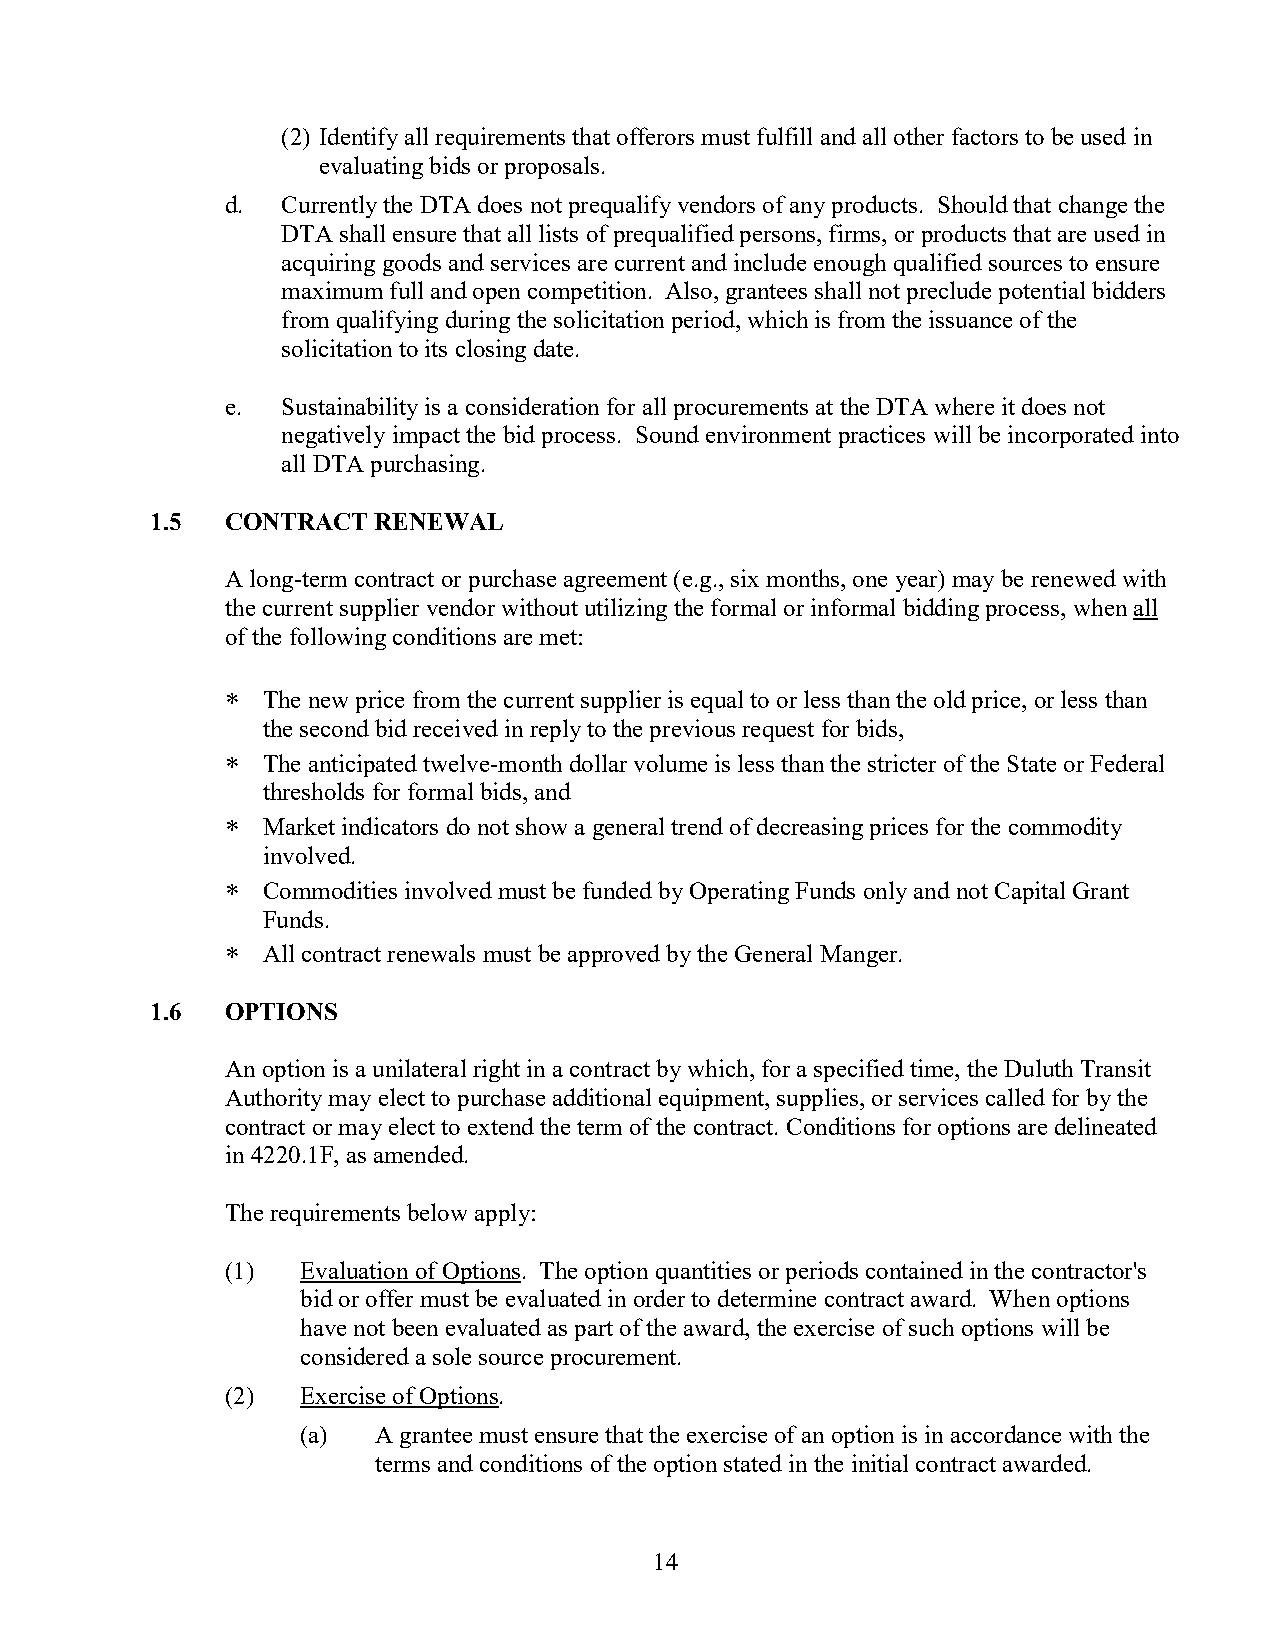
(2) Identify all requirements that offerors must fulfill and all other factors to be used in
 evaluating bids or proposals.
 d.  Currently the DTA does not prequalify vendors of any products. Should that change the
 DTA shall ensure that all lists of prequalified persons, firms, or products that are used in
 acquiring goods and services are current and include enough qualified sources to ensure
 maximum full and open competition. Also, grantees shall not preclude potential bidders
 from qualifying during the solicitation period, which is from the issuance of the
 solicitation to its closing date.
 e.  Sustainability is a consideration for all procurements at the DTA where it does not
 negatively impact the bid process. Sound environment practices will be incorporated into
 all DTA purchasing.
 1.5  CONTRACT  RENEWAL
 A long-term contract or purchase agreement (e.g., six months, one year) may be renewed with
 the current supplier vendor without utilizing the formal or informal bidding process, when all
 of the following conditions are met:
 ∗ The new price from the current supplier is equal to or less than the old price, or less than
 the second bid received in reply to the previous request for bids,
 ∗ The anticipated twelve-month dollar volume is less than the stricter of the State or Federal
 thresholds for formal bids, and
 ∗ Market indicators do not show a general trend of decreasing prices for the commodity
 involved.
 ∗ Commodities involved must be funded by Operating Funds only and not Capital Grant
 Funds.
 ∗ All contract renewals must be approved by the General Manger.
 1.6  OPTIONS
 An option is a unilateral right in a contract by which, for a specified time, the Duluth Transit
 Authority may elect to purchase additional equipment, supplies, or services called for by the
 contract or may elect to extend the term of the contract. Conditions for options are delineated
 in 4220.1F, as amended.
 The requirements below apply:
 (1)  Evaluation of Options. The option quantities or periods contained in the contractor's
 bid or offer must be evaluated in order to determine contract award. When options
 have not been evaluated as part of the award, the exercise of such options will be
 considered a sole source procurement.
 (2)  Exercise of Options.
 (a)  A grantee must ensure that the exercise of an option is in accordance with the
 terms and conditions of the option stated in the initial contract awarded.
 14